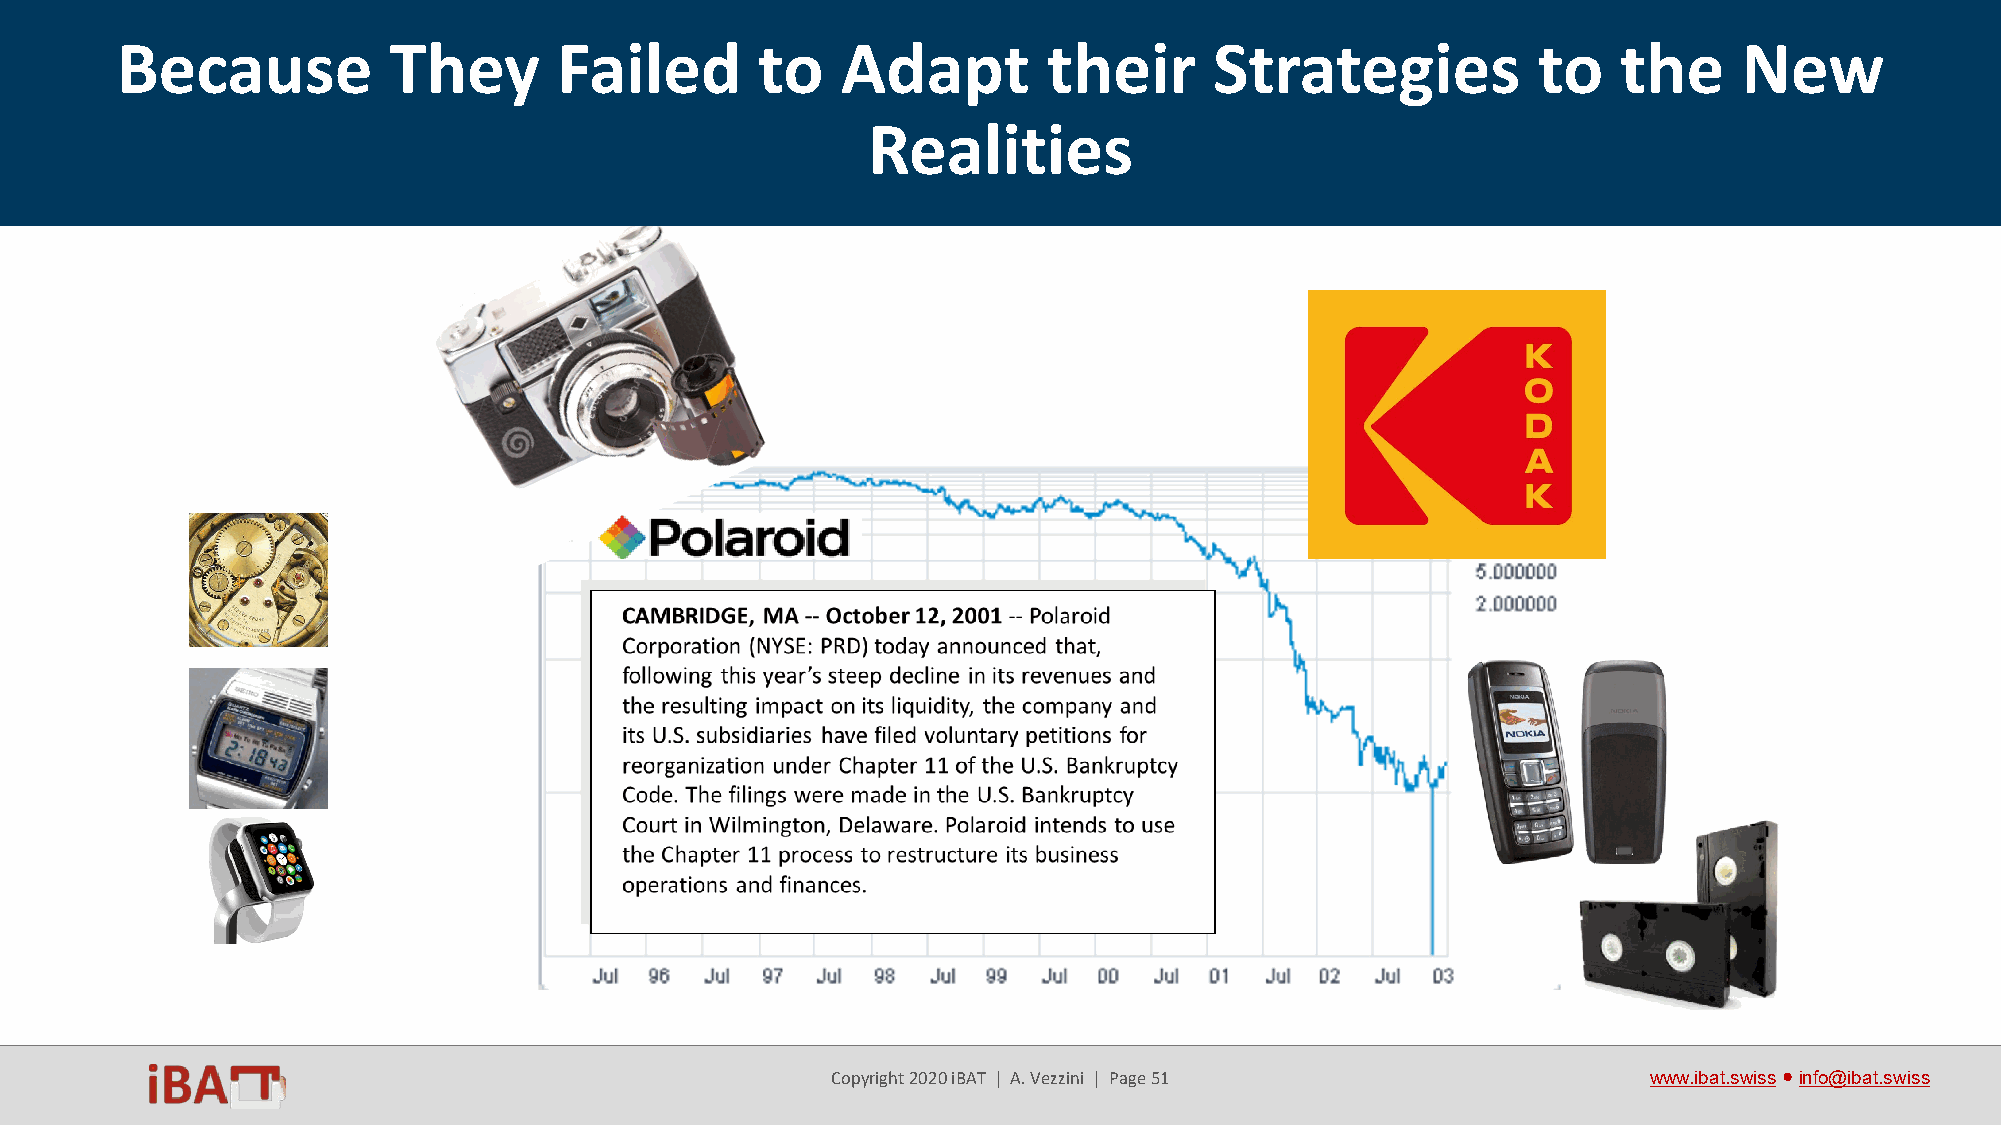
1. Technology-push approach
 Because           They       Failed       to    Adapt        their      Strategies            to   the     New
 Realities
 Copyright 2020 iBAT | A. Vezzini | Page 51            www.ibat.swiss●info@ibat.swiss